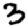
Digit: 3